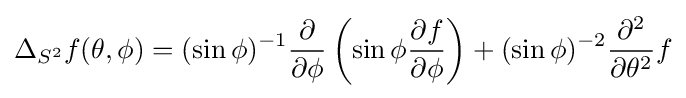
\Delta _{S^{2}}f(\theta ,\phi )=(\sin \phi )^{-1}{\frac {\partial }{\partial \phi }}\left(\sin \phi {\frac {\partial f}{\partial \phi }}\right)+(\sin \phi )^{-2}{\frac {\partial ^{2}}{\partial \theta ^{2}}}f